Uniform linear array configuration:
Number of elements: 32
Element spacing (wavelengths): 0.75
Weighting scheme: kaiser
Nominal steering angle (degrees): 0
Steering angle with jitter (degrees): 1.72
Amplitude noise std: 0.05
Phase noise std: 0.05

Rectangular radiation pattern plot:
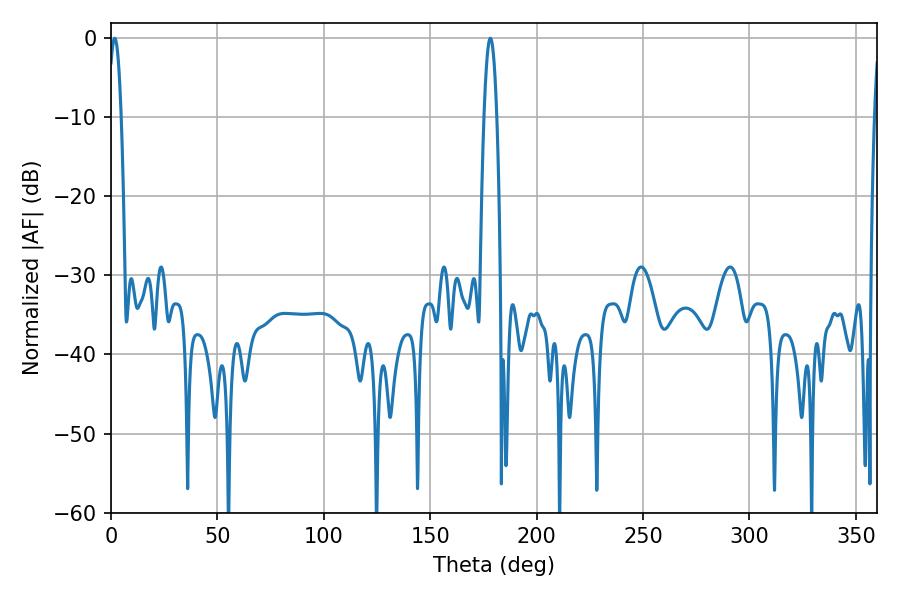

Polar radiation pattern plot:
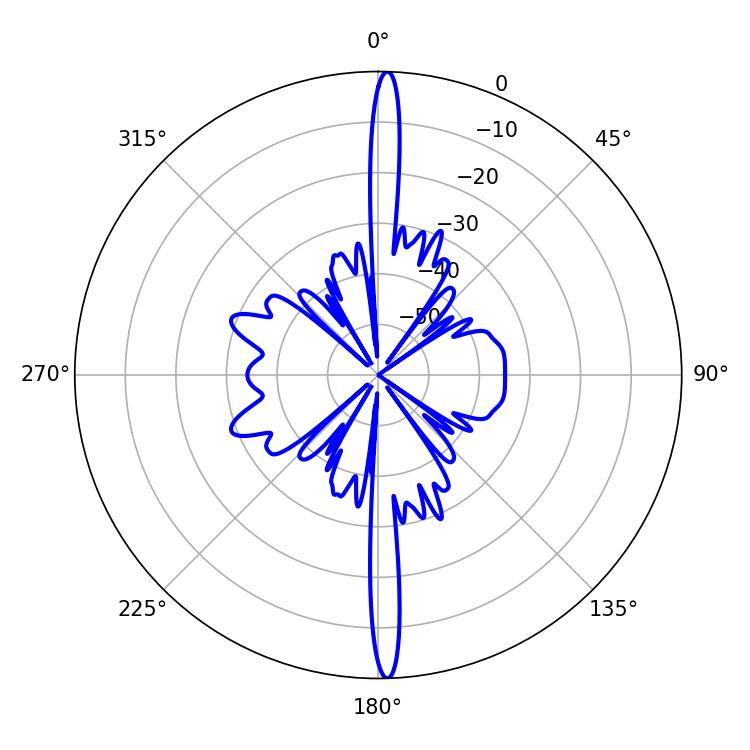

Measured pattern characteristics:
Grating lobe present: TRUE
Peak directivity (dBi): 27.474
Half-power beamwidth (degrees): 3.24
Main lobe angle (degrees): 1.8